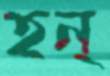
হন্